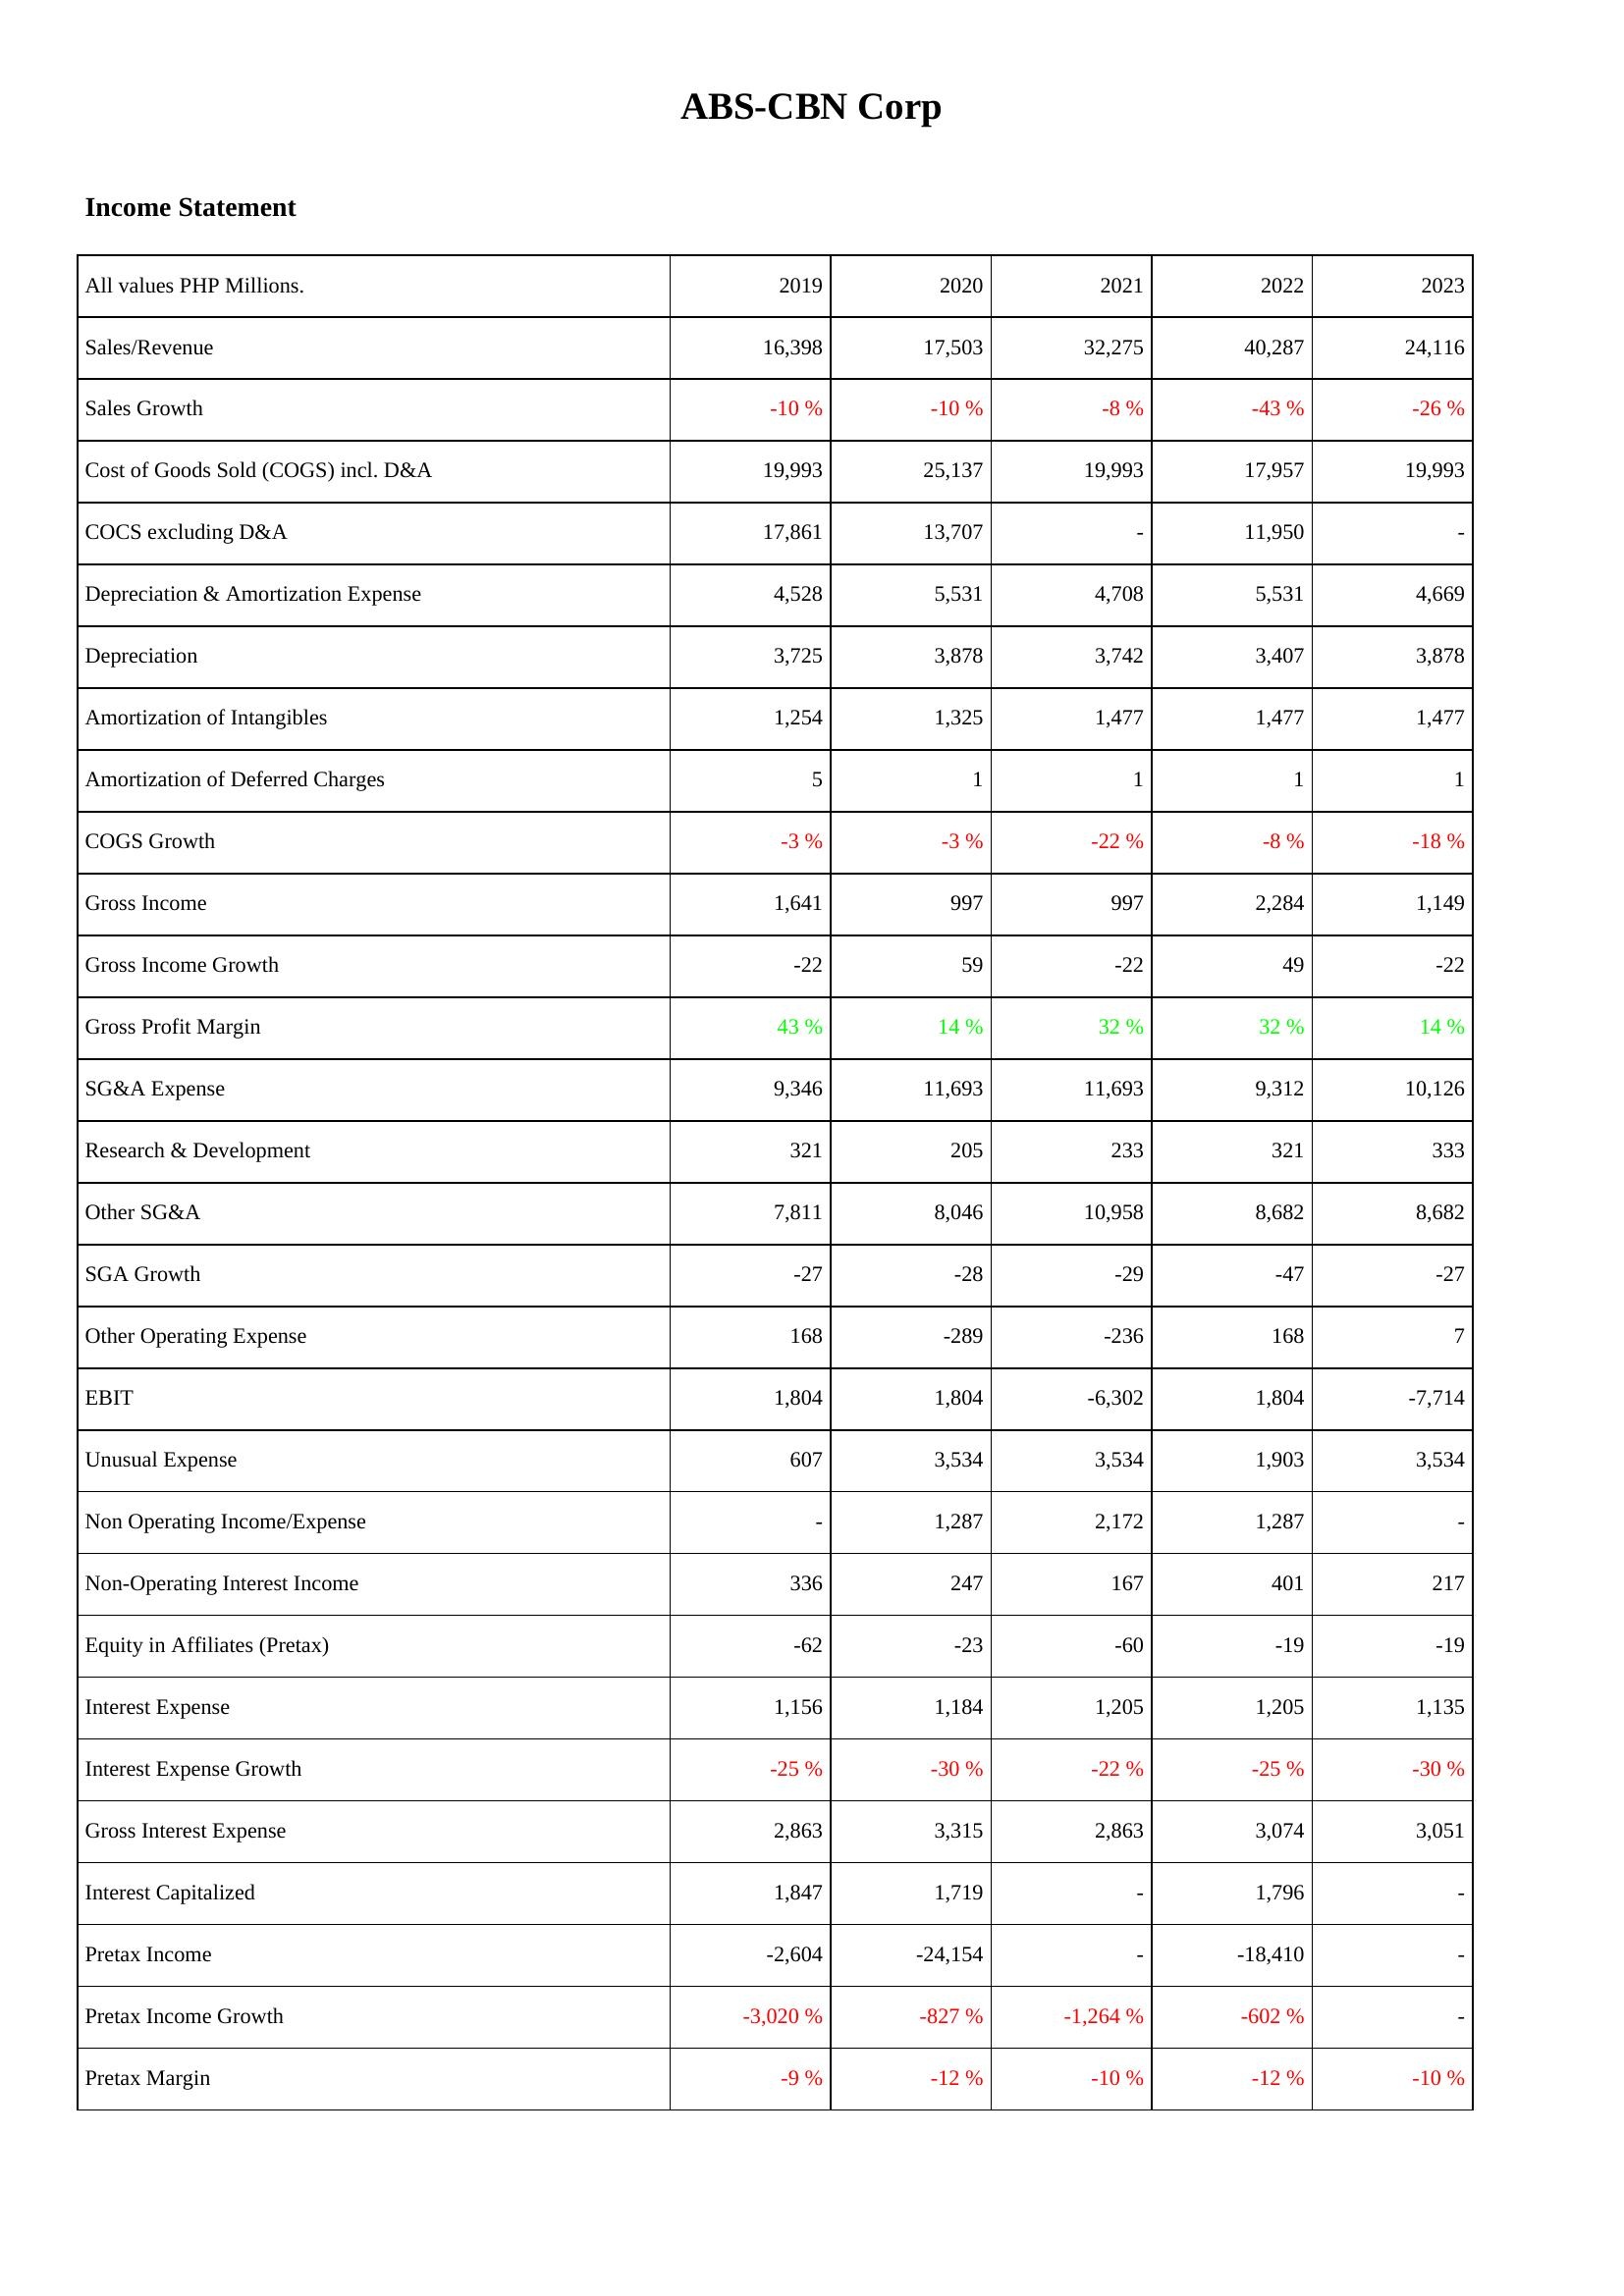
2019: Income Statement: Sales/Revenue: 16,398
Sales Growth: -10 %
Cost of Goods Sold (COGS) incl. D&A: 19,993
COCS excluding D&A: 17,861
Depreciation & Amortization Expense: 4,528
Depreciation: 3,725
Amortization of Intangibles: 1,254
Amortization of Deferred Charges: 5
COGS Growth: -3 %
Gross Income: 1,641
Gross Income Growth: -22
Gross Profit Margin: 43 %
SG&A Expense: 9,346
Research & Development: 321
Other SG&A: 7,811
SGA Growth: -27
Other Operating Expense: 168
EBIT: 1,804
Unusual Expense: 607
Non Operating Income/Expense: -
Non-Operating Interest Income: 336
Equity in Affiliates (Pretax): -62
Interest Expense: 1,156
Interest Expense Growth: -25 %
Gross Interest Expense: 2,863
Interest Capitalized: 1,847
Pretax Income: -2,604
Pretax Income Growth: -3,020 %
Pretax Margin: -9 %
2020: Income Statement: Sales/Revenue: 17,503
Sales Growth: -10 %
Cost of Goods Sold (COGS) incl. D&A: 25,137
COCS excluding D&A: 13,707
Depreciation & Amortization Expense: 5,531
Depreciation: 3,878
Amortization of Intangibles: 1,325
Amortization of Deferred Charges: 1
COGS Growth: -3 %
Gross Income: 997
Gross Income Growth: 59
Gross Profit Margin: 14 %
SG&A Expense: 11,693
Research & Development: 205
Other SG&A: 8,046
SGA Growth: -28
Other Operating Expense: -289
EBIT: 1,804
Unusual Expense: 3,534
Non Operating Income/Expense: 1,287
Non-Operating Interest Income: 247
Equity in Affiliates (Pretax): -23
Interest Expense: 1,184
Interest Expense Growth: -30 %
Gross Interest Expense: 3,315
Interest Capitalized: 1,719
Pretax Income: -24,154
Pretax Income Growth: -827 %
Pretax Margin: -12 %
2021: Income Statement: Sales/Revenue: 32,275
Sales Growth: -8 %
Cost of Goods Sold (COGS) incl. D&A: 19,993
COCS excluding D&A: -
Depreciation & Amortization Expense: 4,708
Depreciation: 3,742
Amortization of Intangibles: 1,477
Amortization of Deferred Charges: 1
COGS Growth: -22 %
Gross Income: 997
Gross Income Growth: -22
Gross Profit Margin: 32 %
SG&A Expense: 11,693
Research & Development: 233
Other SG&A: 10,958
SGA Growth: -29
Other Operating Expense: -236
EBIT: -6,302
Unusual Expense: 3,534
Non Operating Income/Expense: 2,172
Non-Operating Interest Income: 167
Equity in Affiliates (Pretax): -60
Interest Expense: 1,205
Interest Expense Growth: -22 %
Gross Interest Expense: 2,863
Interest Capitalized: -
Pretax Income: -
Pretax Income Growth: -1,264 %
Pretax Margin: -10 %
2022: Income Statement: Sales/Revenue: 40,287
Sales Growth: -43 %
Cost of Goods Sold (COGS) incl. D&A: 17,957
COCS excluding D&A: 11,950
Depreciation & Amortization Expense: 5,531
Depreciation: 3,407
Amortization of Intangibles: 1,477
Amortization of Deferred Charges: 1
COGS Growth: -8 %
Gross Income: 2,284
Gross Income Growth: 49
Gross Profit Margin: 32 %
SG&A Expense: 9,312
Research & Development: 321
Other SG&A: 8,682
SGA Growth: -47
Other Operating Expense: 168
EBIT: 1,804
Unusual Expense: 1,903
Non Operating Income/Expense: 1,287
Non-Operating Interest Income: 401
Equity in Affiliates (Pretax): -19
Interest Expense: 1,205
Interest Expense Growth: -25 %
Gross Interest Expense: 3,074
Interest Capitalized: 1,796
Pretax Income: -18,410
Pretax Income Growth: -602 %
Pretax Margin: -12 %
2023: Income Statement: Sales/Revenue: 24,116
Sales Growth: -26 %
Cost of Goods Sold (COGS) incl. D&A: 19,993
COCS excluding D&A: -
Depreciation & Amortization Expense: 4,669
Depreciation: 3,878
Amortization of Intangibles: 1,477
Amortization of Deferred Charges: 1
COGS Growth: -18 %
Gross Income: 1,149
Gross Income Growth: -22
Gross Profit Margin: 14 %
SG&A Expense: 10,126
Research & Development: 333
Other SG&A: 8,682
SGA Growth: -27
Other Operating Expense: 7
EBIT: -7,714
Unusual Expense: 3,534
Non Operating Income/Expense: -
Non-Operating Interest Income: 217
Equity in Affiliates (Pretax): -19
Interest Expense: 1,135
Interest Expense Growth: -30 %
Gross Interest Expense: 3,051
Interest Capitalized: -
Pretax Income: -
Pretax Income Growth: -
Pretax Margin: -10 %